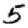
Digit: 5